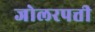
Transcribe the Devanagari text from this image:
जोलरपत्ती